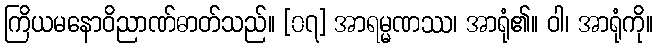
ကြိယမနောဝိညာဏ်ဓာတ်သည်။ [၀၇] အာရမ္မဏဿ၊ အာရုံ၏။ ဝါ၊ အာရုံကို။